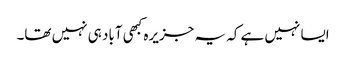
ایسا نہیں ہے کہ یہ جزیرہ کبھی آباد ہی نہیں تھا۔